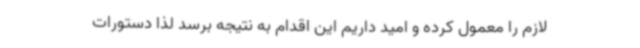
لازم را معمول کرده و امید داریم این اقدام به نتیجه برسد لذا دستورات